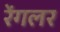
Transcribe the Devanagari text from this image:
रेंगलर